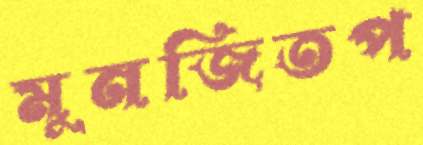
মুনজিতপ